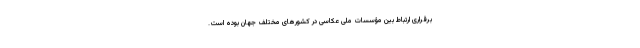
برقراری ارتباط بین مؤسسات ملی عکاسی در کشورهای مختلف جهان بوده است.